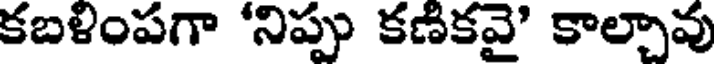
కబళింపగా 'నిప్పు కణికవై' కాల్చావు